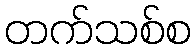
တက်သစ်စ